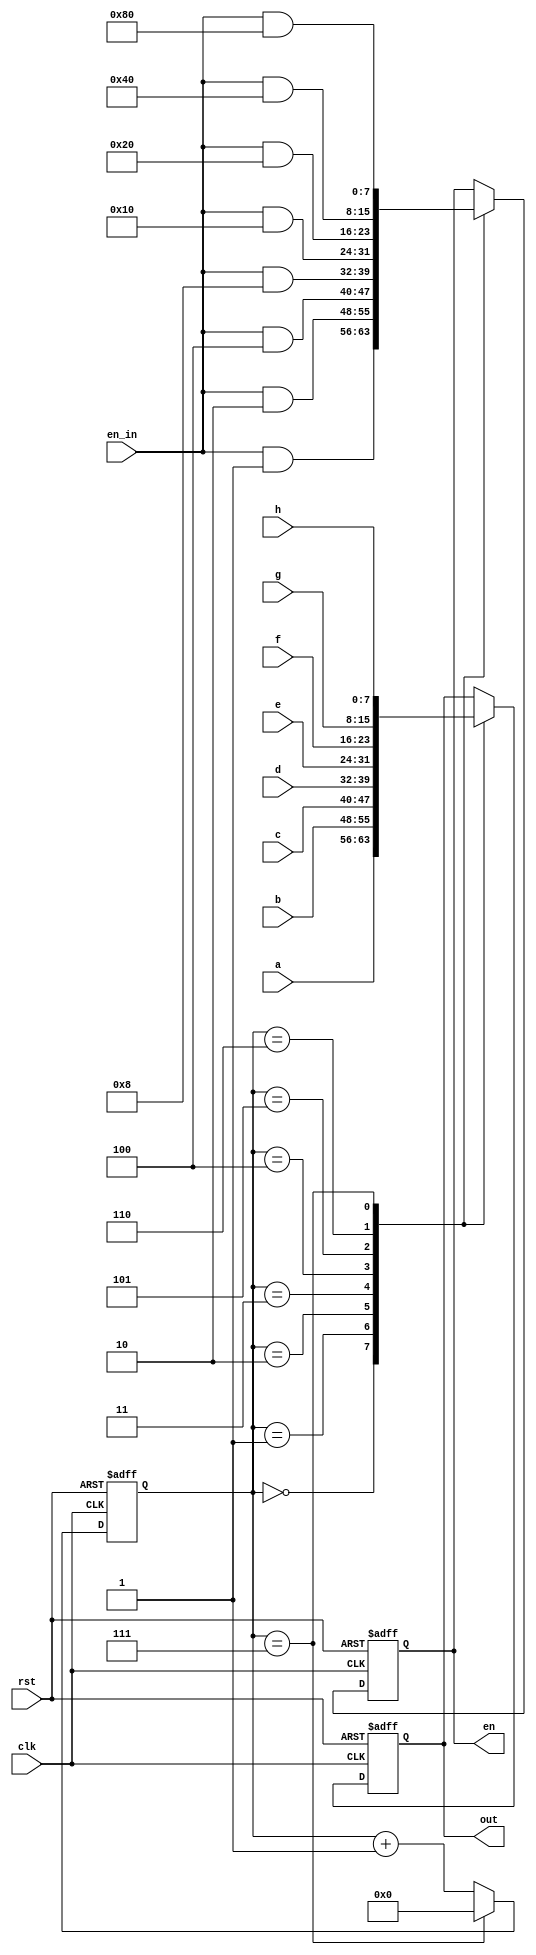
`timescale 1ns / 1ps
//////////////////////////////////////////////////////////////////////////////////
// Company: 
// Engineer: 
// 
// Design Name: 
// Module Name: seg_scanner
// Project Name: 
// Target Devices: 
// Tool Versions: 
// Description: 
// 200hz stable
// 50hz twinkle
// Dependencies: 
// 
// Revision:
// Revision 0.01 - File Created
// Revision 0.02 - Not Finished 
// Additional Comments:
// 
//////////////////////////////////////////////////////////////////////////////////


module seg_scanner(
    input [7:0] en_in,
    input [7:0] a,
    input [7:0] b,
    input [7:0] c,
    input [7:0] d,
    input [7:0] e,
    input [7:0] f,
    input [7:0] g,
    input [7:0] h,
    input rst,
    input clk,
    output reg [7:0] out,//?
    output reg [7:0] en//?
    );
    parameter seg_num = 8;
    reg [3:0] scan_cnt;
    always@(posedge clk , posedge rst) begin
        if(rst) begin
            scan_cnt <=3'b000;
            en <= 8'hFF;
            out <= 8'hFF;
            end
        else begin
            case (scan_cnt)
            3'd0: begin
                out<=a;
                en<=en_in&8'd1;
                end
            3'd1: begin 
                out<=b;
                en<=en_in&8'd2;
                end
            3'd2: begin
                out<=c;
                en<=en_in&8'd4;
                end
            3'd3: begin
                out<=d;
                en<=en_in&8'd8;
                end
            3'd4: begin 
                out<=e;
                en<=en_in&8'd16;
                end
            3'd5: begin
                out<=f;
                en<=en_in&8'd32;
                end
            3'd6: begin
                out<=g;
                en<=en_in&8'd64;
                end
            3'd7: begin
                out<=h;
                en<=en_in&8'd128;
                end
        endcase
            if(scan_cnt==seg_num-1)
                scan_cnt<=3'd0;
            else
                scan_cnt <= scan_cnt + 1'b1;
        end
    end
   
endmodule